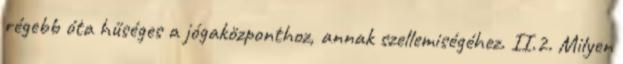
régebb óta hűséges a jógaközponthoz, annak szellemiségéhez. II.2. Milyen